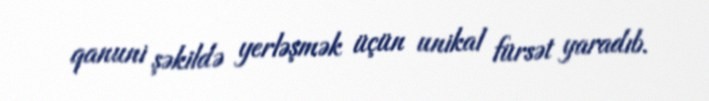
qanuni şəkildə yerləşmək üçün unikal fürsət yaradıb.